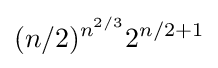
(n/2)^{n^{2/3}}2^{n/2+1}